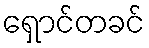
ရှောင်တခင်